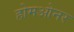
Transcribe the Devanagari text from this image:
होमओनर